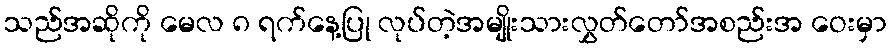
သည်အဆိုကို မေလ ၈ ရက်နေ့ပြု လုပ်တဲ့အမျိုးသားလွှတ်တော်အစည်းအ ဝေးမှာ